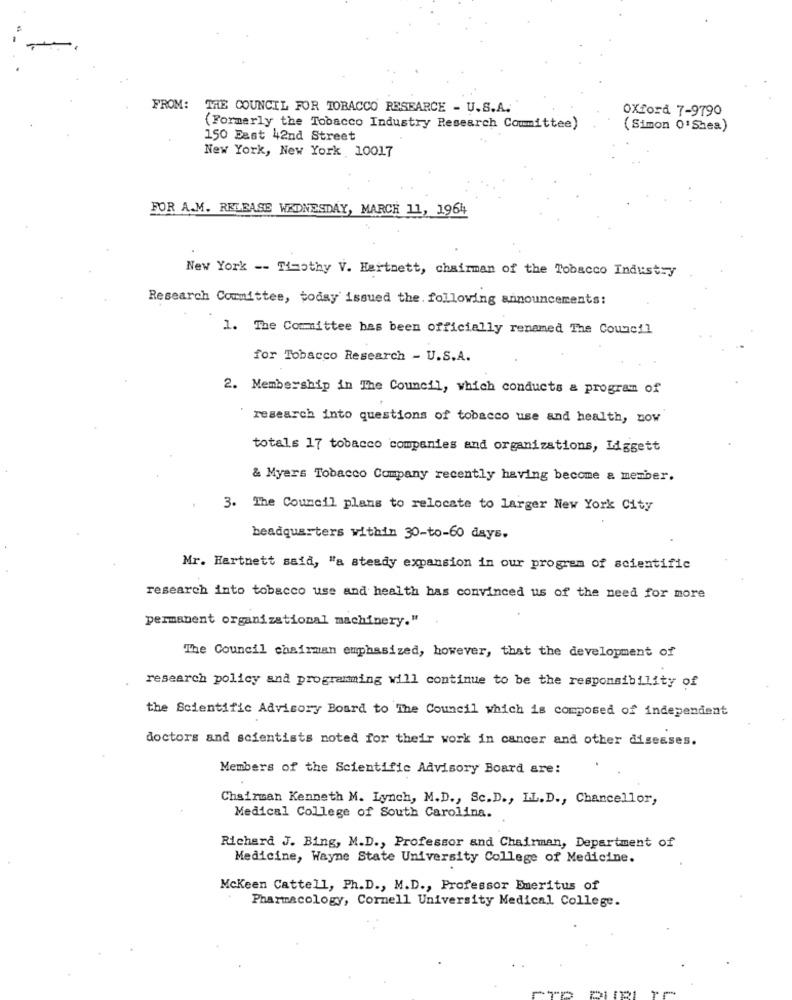
FROM: THE COUNCIL FOR TOBACCO RESEARCE - U.S.A.
Oxford 7-9790
(Formerly the Tobacco Industry Research Committee)
(Simon O'Shea)
150 Fast 42nd Street
New York, New York 10017
FOR A.M. RELEASE WEDNESDAY, MARCH 11, 1964
New York -- Timothy V. Hartnett, chairman of the Tobacco Industry
Research Committee, today issued the. following announcements:
1. The Committee has been officially renamed The Council
for Tobacco Research - U.S.A.
2. Membership in The Council, which conducts a program of
research into questions of tobacco use and health, now
totals 17 tobacco companies and organizations, Liggett
& Myers Tobacco Company recently having become a member.
3. The Council plans to relocate to larger New York City
headquarters within 30-to-60 days.
Mr. Hartnett said, "a steady expansion in our program of scientific
research into tobacco use and health has convinced us of the need for more
permanent organizational machinery."
The Council chairman emphasized, however, that the development of
research policy and programming will continue to be the responsibility of
the Scientific Advisory Board to The Council which is composed of independent
doctors and scientists noted for their work in cancer and other diseases.
Members of the Scientific Advisory Board are:
Chairman Kenneth M. Lynch, M.D ., Sc.D ., LL.D ., Chancellor,
Medical College of South Carolina.
Richard J. Bing, M.D ., Professor and Chairman, Department of
Medicine, Wayne State University College of Medicine.
Mckeen Cattell, Ph.D ., M.D ., Professor Emeritus of
Pharmacology, Cornell University Medical College.